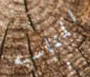
المناسبه